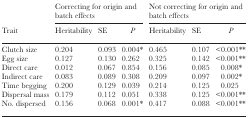
|  | <COLSPAN=3> Correcting for origin and batch effects | <COLSPAN=3> Not correcting for origin and batch effects |
 | Trait | Heritability | SE | P | Heritability | SE | P |
 | --- | --- | --- | --- | --- | --- | --- |
 | Clutch size | 0.204 | 0.093 | 0.004* | 0.465 | 0.107 | <0.001** |
 | Egg size | 0.127 | 0.130 | 0.262 | 0.325 | 0.142 | <0.001** |
 | Direct care | 0.012 | 0.067 | 0.854 | 0.156 | 0.085 | 0.008* |
 | Indirect care | 0.083 | 0.089 | 0.308 | 0.209 | 0.097 | 0.002* |
 | Time begging | 0.200 | 0.129 | 0.039 | 0.214 | 0.125 | 0.025 |
 | Dispersal mass | 0.179 | 0.112 | 0.051 | 0.338 | 0.125 | <0.001** |
 | No. dispersed | 0.156 | 0.068 | 0.001* | 0.417 | 0.088 | <0.001** |